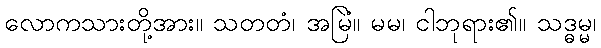
လောကသားတို့အား။ သတတံ၊ အမြဲ။ မမ၊ ငါဘုရား၏။ သဒ္ဓမ္မံ၊